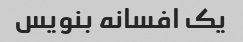
یک افسانه بنویس